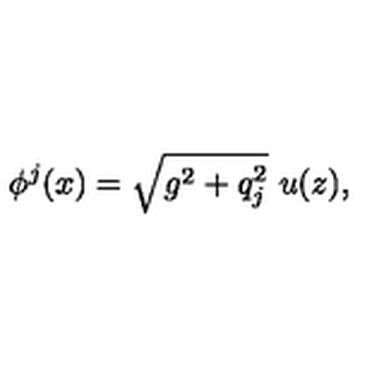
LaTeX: \phi ^ { j } ( x ) = \sqrt { g ^ { 2 } + q _ { j } ^ { 2 } } \ u ( z ) ,